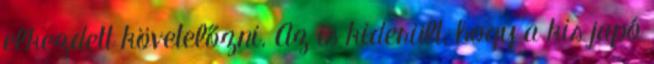
elkezdett követelőzni. Az is kiderült, hogy a kis japó